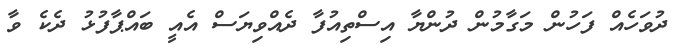
ދުވަހެއް ފަހުން މަގާމުން ދުންޔާ އިސްތިއުފާ ދެއްވިޔަސް އެއީ ބައްޕާފުޅު ދެކެ ވާ